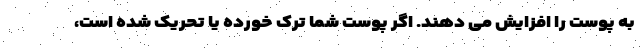
به پوست را افزایش می دهند. اگر پوست شما ترک خورده یا تحریک شده است،